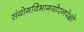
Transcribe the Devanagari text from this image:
संयोगविभागयोरनपेक्षो